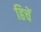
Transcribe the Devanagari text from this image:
हिचें